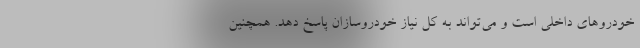
خودروهای داخلی است و می‌تواند به کل نیاز خودروسازان پاسخ دهد. همچنین